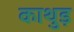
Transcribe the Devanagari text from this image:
काथुड़